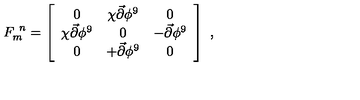
F _ { m } ^ { \ n } = \left[ \begin{array} { c c c } { 0 } & { \chi { \vec { \partial } } \phi ^ { 9 } } & { 0 } \\ { \chi { \vec { \partial } } \phi ^ { 9 } } & { 0 } & { - { \vec { \partial } } \phi ^ { 9 } } \\ { 0 } & { + { \vec { \partial } } \phi ^ { 9 } } & { 0 } \\ \end{array} \right] \ ,